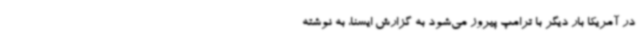
در آمریکا بار دیگر با ترامپ پیروز می‌شود به گزارش ایسنا، به نوشته